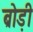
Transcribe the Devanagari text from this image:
ब्रोड़ी